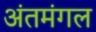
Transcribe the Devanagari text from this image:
अंतमंगल